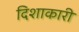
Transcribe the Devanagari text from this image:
दिशाकारी